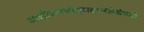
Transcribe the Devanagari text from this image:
आशौचमध्येतुमदनरत्नेसंवर्तः